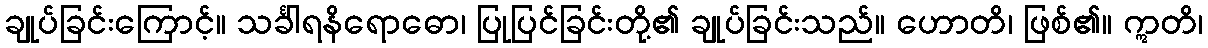
ချုပ်ခြင်းကြောင့်။ သင်္ခါရနိရောဓော၊ ပြုပြင်ခြင်းတို့၏ ချုပ်ခြင်းသည်။ ဟောတိ၊ ဖြစ်၏။ ဣတိ၊